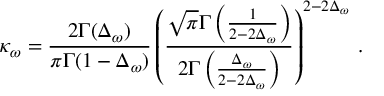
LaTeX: \kappa _ { \omega } = \frac { 2 \Gamma ( \Delta _ { \omega } ) } { \pi \Gamma ( 1 - \Delta _ { \omega } ) } \left( \frac { \sqrt { \pi } \Gamma \left( \frac { 1 } { 2 - 2 \Delta _ { \omega } } \right) } { 2 \Gamma \left( \frac { \Delta _ { \omega } } { 2 - 2 \Delta _ { \omega } } \right) } \right) ^ { 2 - 2 \Delta _ { \omega } } \, .